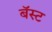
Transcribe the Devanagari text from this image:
बॅस्ट